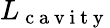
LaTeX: L_{\mathrm{~c~a~v~i~t~y~}}